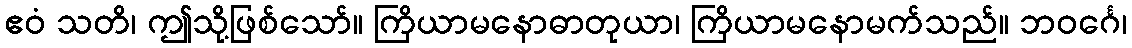
ဧဝံ သတိ၊ ဤသို့ဖြစ်သော်။ ကြိယာမနောဓာတုယာ၊ ကြိယာမနောမက်သည်။ ဘဝင်္ဂေ၊